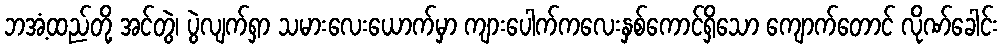
ဘအံ့ထည်တို့ အင်တွဲ၊ ပွဲလျက်ရှာ သမားလေးယောက်မှာ ကျားပေါက်ကလေးနှစ်ကောင်ရှိသော ကျောက်တောင် လိုဏ်ခေါင်း